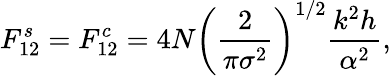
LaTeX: F_{12}^{s}=F_{12}^{c}=4N\left(\frac{2}{\pi\sigma^{2}}\right)^{1/2}\frac{k^{2}h}{\alpha^{2}},